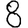
Digit: 8